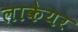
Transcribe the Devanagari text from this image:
लाकेयर